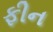
ફીન